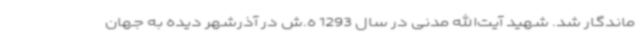
ماندگار شد. شهید آیت‌الله مدنی در سال 1293 ه.ش در آذرشهر دیده به جهان